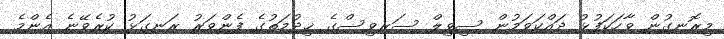
މިރޮނގުން ވާހަކަފުޅު ދައްކަވަމުން ސިވިލް ސަރވިސްގެ ޚިދުމަތުގެ ފެންވަރު ރަނގަޅު ކުރެވޭނެ އެންމެ